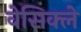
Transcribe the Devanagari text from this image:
वेसिक्ले